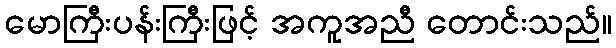
မောကြီးပန်းကြီးဖြင့် အကူအညီ တောင်းသည်။